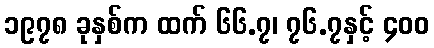
၁၉၇၈ ခုနှစ်က ထက် ၆၆.၇၊ ၇၆.၇နှင့် ၄၀၀